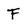
Character: F